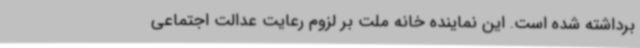
برداشته شده است. این نماینده خانه ملت بر لزوم رعایت عدالت اجتماعی